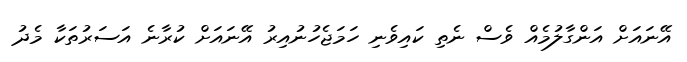
އޭނައަށް އަންގާލުމެއް ވެސް ނެތި ކައިވެނި ހަމަޖެހުނުއިރު އޭނައަށް ކުރާނެ އަސަރުތަކާ މެދު